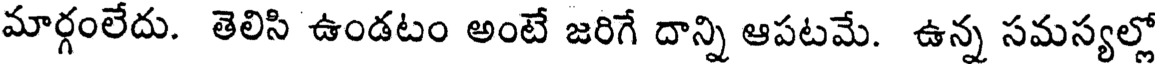
మార్గంలేదు. తెలిసి ఉండటం అంటే జరిగే దాన్ని ఆపటమే. ఉన్న సమస్యల్లో